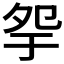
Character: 𡖏